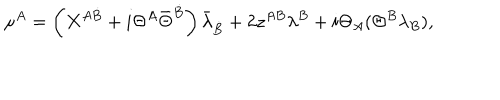
\mu ^ { A } = \left( X ^ { A \dot { B } } + i \Theta ^ { A } \bar { \Theta } ^ { \dot { B } } \right) \bar { \lambda } { } _ { { \dot { B } } } + 2 z ^ { A B } \lambda ^ { B } + i \Theta _ { A } ( \Theta ^ { B } \lambda _ { B } ) ,